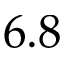
6 . 8